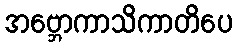
အဗ္ဘောကာသိကာတိပေ